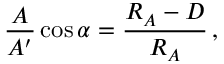
{ \frac { A } { A ^ { \prime } } } \cos \alpha = { \frac { R _ { A } - D } { R _ { A } } } \, ,